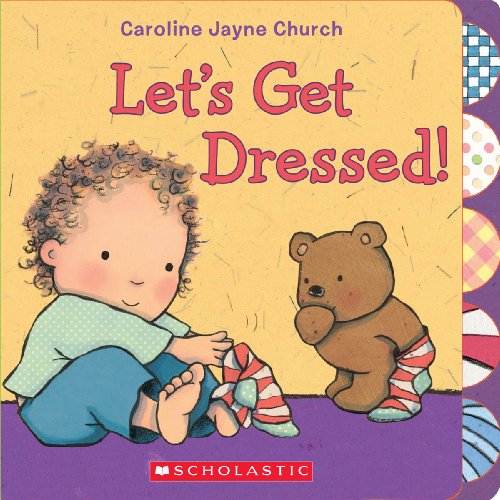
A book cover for Let's Get Dressed!; Children's Books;